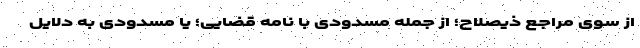
از سوی مراجع ذیصلاح؛ از جمله مسدودی با نامه قضایی؛ یا مسدودی به دلایل